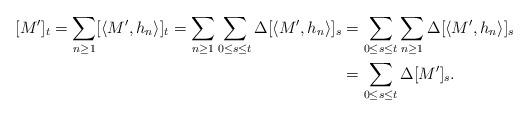
LaTeX: \begin{align*} [M']_t = \sum_{n\geq 1}[\langle M', h_n\rangle]_t = \sum_{n\geq 1}\sum_{0\leq s\leq t}\Delta[\langle M', h_n\rangle]_s &= \sum_{0\leq s\leq t}\sum_{n\geq 1}\Delta[\langle M', h_n\rangle]_s\\ &=\sum_{0\leq s\leq t}\Delta[M']_s.\end{align*}